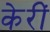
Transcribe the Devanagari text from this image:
केरीं